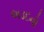
અડદનો